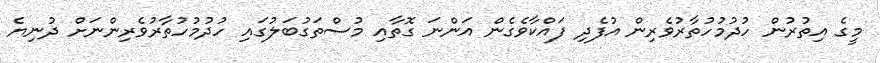
މީގެ އިތުރުން ހުދުމުހުތާރުވެރިން އުފެދި ފައްކާވެގެން އަންނަ ގޮތާއި މުސްތަގުބަލުގައި ހުދުމުހުތާރުވެރިންނަށް ދުނިޔެ